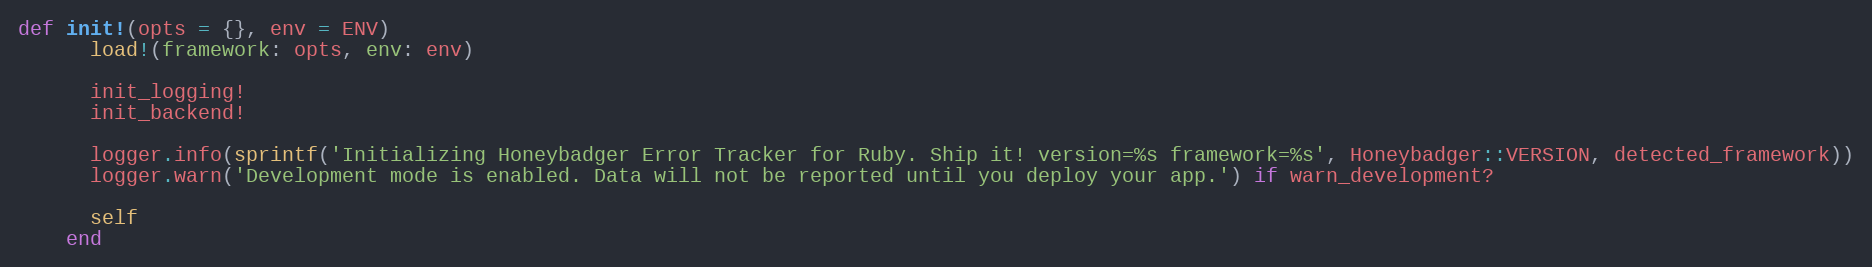
Language: Ruby
def init!(opts = {}, env = ENV)
      load!(framework: opts, env: env)

      init_logging!
      init_backend!

      logger.info(sprintf('Initializing Honeybadger Error Tracker for Ruby. Ship it! version=%s framework=%s', Honeybadger::VERSION, detected_framework))
      logger.warn('Development mode is enabled. Data will not be reported until you deploy your app.') if warn_development?

      self
    end